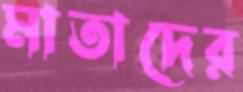
মাতাদের